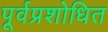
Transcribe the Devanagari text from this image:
पूर्वप्रशोधित